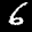
Label: 6